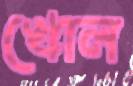
খোল